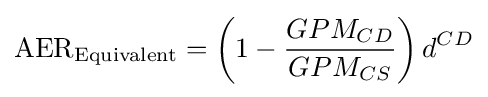
{\text{AER}}_{\text{Equivalent}}=\left(1-{\frac {GPM_{CD}}{GPM_{CS}}}\right)d^{CD}